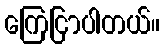
ကြေငြာပါတယ်။